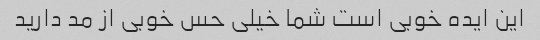
این ایده خوبی است شما خیلی حس خوبی از مد دارید